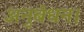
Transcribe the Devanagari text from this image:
अनुबंधन।